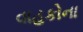
વાહકોના